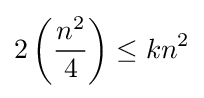
2\left({\frac {n^{2}}{4}}\right)\leq kn^{2}